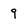
Character: 9